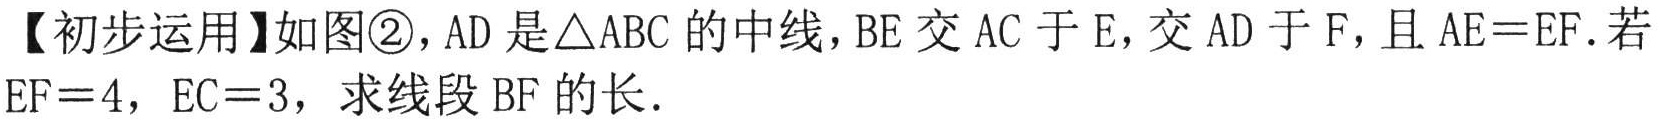
【初步运用】如图\textcircled{2}，$AD$是$\triangle ABC$的中线，$BE$交$AC$于$E$，交$AD$于$F$，且$AE = EF$. 若
$EF = 4$，$EC = 3$，求线段$BF$的长.